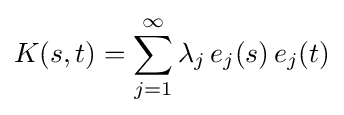
K(s,t)=\sum _{j=1}^{\infty }\lambda _{j}\,e_{j}(s)\,e_{j}(t)